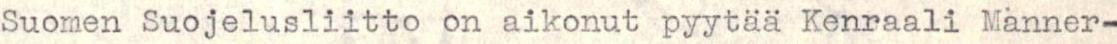
Suomen Suojelusliitto on aikonut pyytää Kenraali Manner-